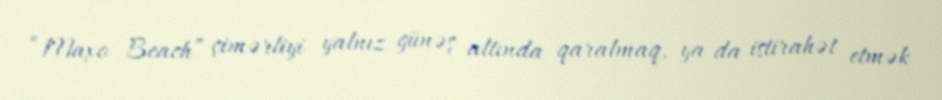
“Maxo Beach” çimərliyi yalnız günəş altında qaralmaq, ya da istirahət etmək